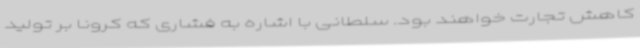
کاهش تجارت خواهند بود. سلطانی با اشاره به فشاری که کرونا بر تولید